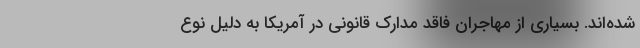
شده‌اند. بسیاری از مهاجران فاقد مدارک قانونی در آمریکا به دلیل نوع